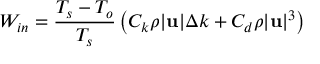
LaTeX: W _ { i n } = { \frac { T _ { s } - T _ { o } } { T _ { s } } } \left( C _ { k } \rho | \mathbf { u } | \Delta k + C _ { d } \rho | \mathbf { u } | ^ { 3 } \right)